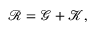
\begin{array} { r } { \mathcal { R } = \mathcal { G } + \mathcal { K } , } \end{array}